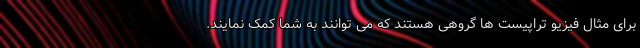
برای مثال فیزیو تراپیست ها گروهی هستند که می توانند به شما کمک نمایند.